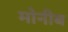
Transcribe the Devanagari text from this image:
मोनीब